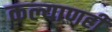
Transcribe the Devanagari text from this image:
कल्याणही